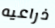
ذراعيه